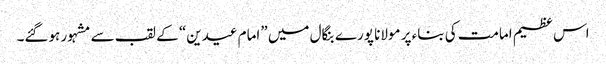
اس عظیم امامت کی بناء پر مولانا پورے بنگال میں ”امام عیدین“ کے لقب سے مشہور ہوگئے۔